Report of the Hyderabad Chloroform Commission
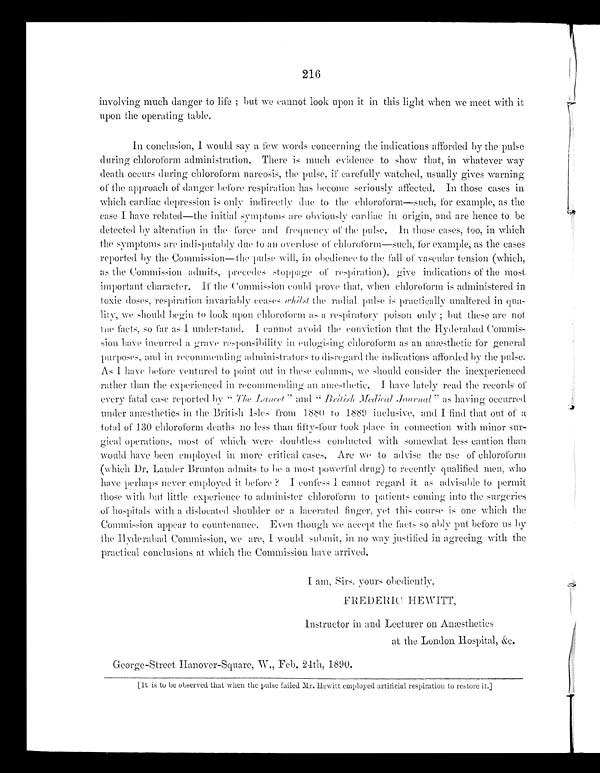
216
involving much danger to life; but we cannot look upon it in this light when we meet with it
upon the operating table.
In conclusion, I would say a few words concerning the indications afforded by the pulse
during chloroform administration. There is much evidence to show that, in whatever way
death occurs during chloroform narcosis, the pulse, if carefully watched, usually gives warning
of the approach of danger before respiration has become seriously affected. In those cases in
which cardiac depression is only indirectly due to the chloroform—such, for example, as the
case I have related—the initial symptoms are obviously cardiac in origin, and are hence to be
detected by alteration in the force and frequency of the pulse. In those cases, too, in which
the symptoms are indisputably due to an overdose of chloroform—such, for example, as the cases
reported by the Commission—the pulse will, in obedience to the fall of vascular tension (which,
as the Commission admits, precedes stoppage of respiration), give indications of the most
important character. If the Commission could prove that, when chloroform is administered in
toxic doses, respiration invariably ceases whilst the radial pulse is practically unaltered in q
u a -
lity, we should begin to look upon chloroform as a respiratory poison only; but these are not
the facts, so far as I understand. I cannot avoid the conviction that the Hyderabad Commis
-
sion have incurred a grave responsibility in eulogising chloroform as an anæsthetic for general
purposes, and in recommending administrators to disregard the indications afforded by the pulse.
As I have before ventured to point out in these columns, we should consider the inexperienced
rather than the experienced in recommending an anæsthetic. I have lately read the records of
every fatal case reported by "The Lancet" and "British Medical Journal" as having occurred
under anæsthetics in the British Isles from 1880 to 1889 inclusive, and I find that out of a
total of 130 chloroform deaths no less than fifty-four took place in connection with minor sur
-
gical operations, most of which were doubtless conducted with somewhat less caution than
would have been employed in more critical cases. Are we to advise the use of chloroform
(which Dr. Lauder Brunton admits to be a most powerful drug) to recently qualified men, who
have perhaps never employed it before? I confess I cannot regard it as advisable to permit
those with but little experience to administer chloroform to patients coming into the surgeries
of hospitals with a dislocated shoulder or a lacerated finger, yet this course is one which the
Commission appear to countenance. Even though we accept the facts so ably put before us by
the Hyderabad Commission, we are, I would submit, in no way justified in agreeing with the
practical conclusions at which the Commission have arrived.
I am, Sirs. yours obediently.
FREDERIC HEWITT,
Instructor in and Lecturer on Anæsthetics
at the London Hospital, &c.
George-Street Hanover-Square, W., Feb. 24th, 1890.
[It is to be observed that when the pulse failed Mr. Hewitt employed artificial respiration to restore it.]